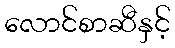
လောင်စာဆီနှင့်